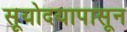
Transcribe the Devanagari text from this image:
सूयोदयापासून